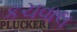
કચવાલ